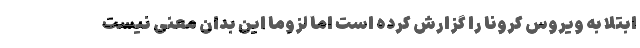
ابتلا به ویروس کرونا را گزارش کرده است اما لزوماً این بدان معنی نیست